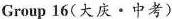
Group 16(大庆·中考)